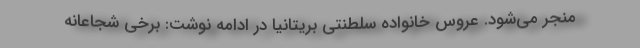
منجر می‌شود. عروس خانواده سلطنتی بریتانیا در ادامه نوشت: برخی شجاعانه